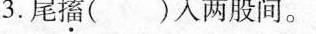
3.尾搐( )入两股间。